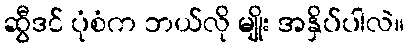
ဆွီဒင် ပုံစံက ဘယ်လို မျိုး အနှိပ်ပါလဲ။